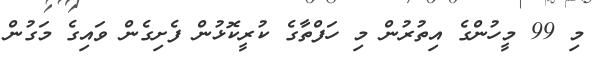
މި 99 މީހުންގެ އިތުރުން މި ހަފްތާގެ ކުރީކޮޅުން ފެށިގެން ވައިގެ މަގުން